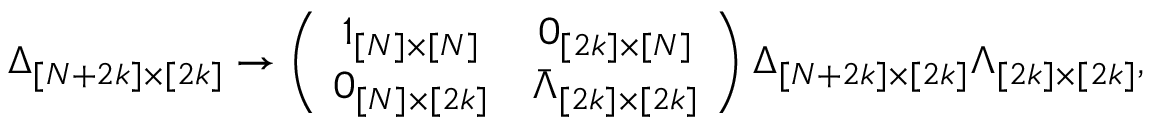
\Delta _ { [ N + 2 k ] \times [ 2 k ] } \rightarrow \left( \! \begin{array} { c c } { { 1 _ { [ N ] \times [ N ] } } } & { { 0 _ { [ 2 k ] \times [ N ] } } } \\ { { 0 _ { [ N ] \times [ 2 k ] } } } & { { \bar { \Lambda } _ { [ 2 k ] \times [ 2 k ] } } } \end{array} \! \right) \Delta _ { [ N + 2 k ] \times [ 2 k ] } \Lambda _ { [ 2 k ] \times [ 2 k ] } ,